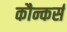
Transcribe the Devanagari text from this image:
कौन्कर्स